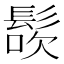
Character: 𩭜